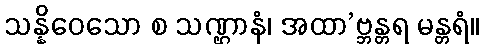
သန္နိဝေသော စ သဏ္ဌာနံ၊ အထာ’ဗ္ဘန္တရ မန္တရံ။